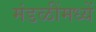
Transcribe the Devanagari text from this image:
मंडळींमध्यें